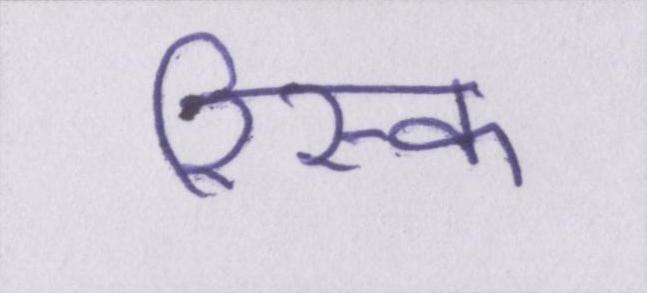
रिस्क